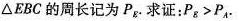
△EBC 的周长记为 P_{E}. 求证：P_{E}>P_{A}.